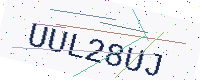
Text: UUL28UJ